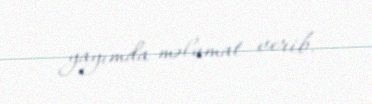
yayımda məlumat verib.